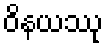
ဝိနယဿု